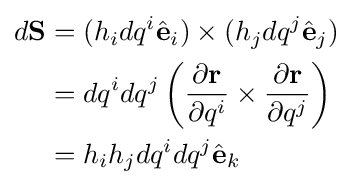
{\begin{aligned}d\mathbf {S} &=(h_{i}dq^{i}{\hat {\mathbf {e} }}_{i})\times (h_{j}dq^{j}{\hat {\mathbf {e} }}_{j})\\&=dq^{i}dq^{j}\left({\frac {\partial \mathbf {r} }{\partial q^{i}}}\times {\frac {\partial \mathbf {r} }{\partial q^{j}}}\right)\\&=h_{i}h_{j}dq^{i}dq^{j}{\hat {\mathbf {e} }}_{k}\end{aligned}}